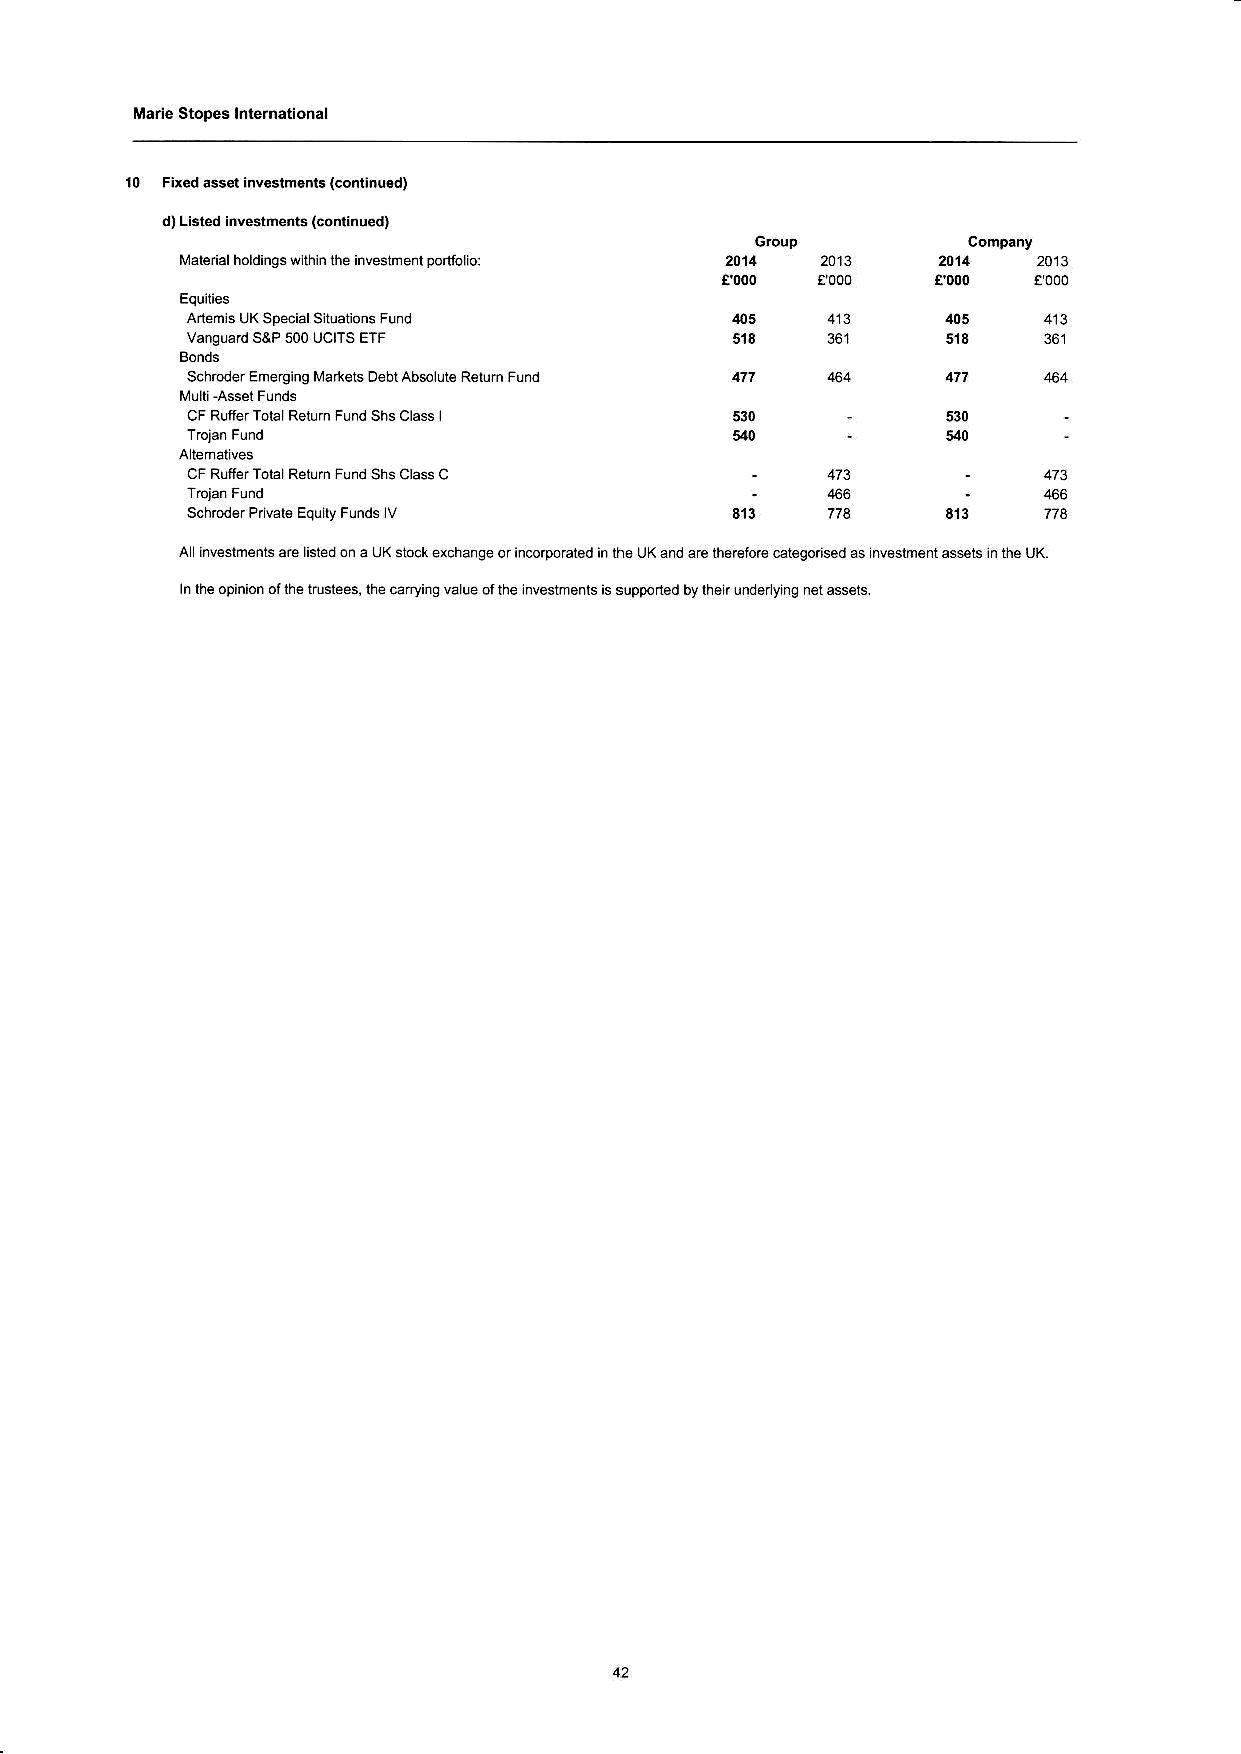
Marie stopes lnternationat
 10 Fixed assel inv€slmenl. {conlinu.d)
 d)Lisred invesme s Godinued)
 Mareiarhordings wrh n the invesrmenr pofrJo o:
 Arleh s UK SpeDiarSruarons Fund
 Vanqdard SaF 500 tiCrTS ETF          513           513
 Sch'oder Emersrns Markels DebtAbs ut€ R€rurn Fuid
 CF RutrerToL Relurn Fund Shs Cass                 530
 CF RufferTob Relum Fund Slrs cass c
 Schoder Prvars Equ ry Fuids v      413            313
 srock ex.lranse orincoeorated ii the LrK and are th.relo.e categons